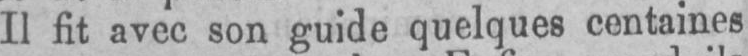
Il fit avec son guide quelques centaines